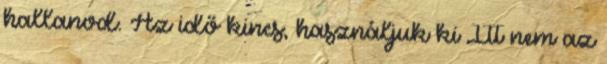
hallanod. Az idő kincs, használjuk ki Itt nem az